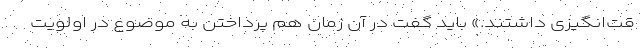
قت‌انگیزی داشتند.» باید گفت در آن زمان هم پرداختن به موضوع در اولویت